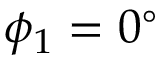
\phi _ { 1 } = 0 ^ { \circ }